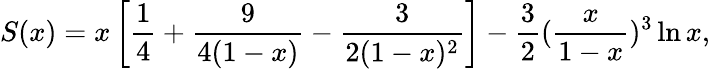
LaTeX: S(x)=x\left[{\frac{1}{4}}+{\frac{9}{4(1-x)}}-{\frac{3}{2(1-x)^{2}}}\right]-{\frac{3}{2}}({\frac{x}{1-x}})^{3}\ln{x},